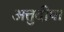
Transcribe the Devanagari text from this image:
अत्तुदीपा